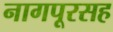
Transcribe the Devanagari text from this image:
नागपूरसह